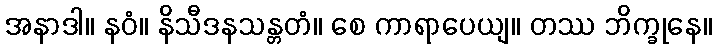
အနာဒါ။ နဝံ။ နိသီဒနသန္တတံ။ စေ ကာရာပေယျ။ တဿ ဘိက္ခုနေ။